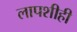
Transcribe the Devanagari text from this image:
लापशीही